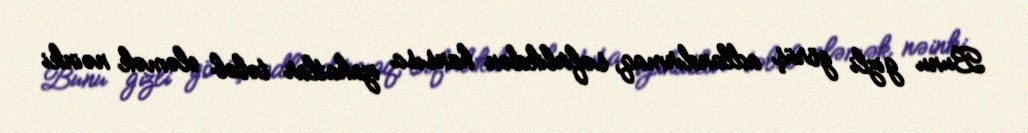
Bunu gizli görüş adlandırmaq, səfirlikdən hansısa izahatlar tələb eləmək nəinki